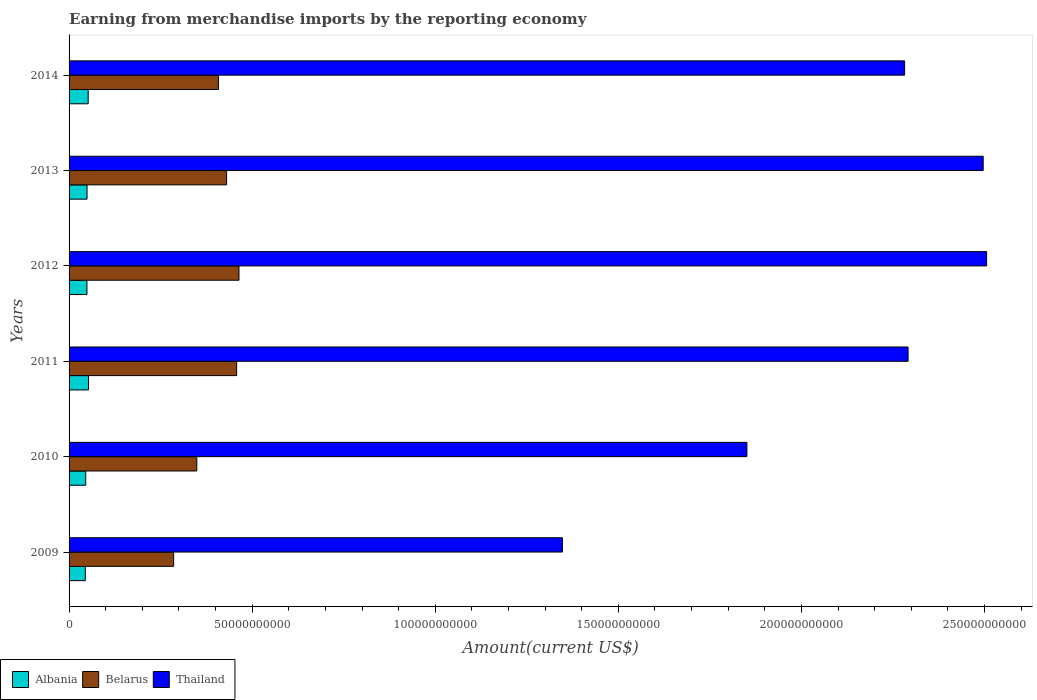
| Years | Albania | Belarus | Thailand |
 | --- | --- | --- | --- |
 | 2009 | 4.44e+09 | 2.86e+10 | 1.35e+11 |
 | 2010 | 4.55e+09 | 3.49e+10 | 1.85e+11 |
 | 2011 | 5.32e+09 | 4.58e+10 | 2.29e+11 |
 | 2012 | 4.88e+09 | 4.64e+10 | 2.51e+11 |
 | 2013 | 4.91e+09 | 4.3e+10 | 2.5e+11 |
 | 2014 | 5.22e+09 | 4.08e+10 | 2.28e+11 |